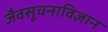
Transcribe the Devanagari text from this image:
जैवसूचनाविज्ञान